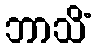
ဘာသိံ